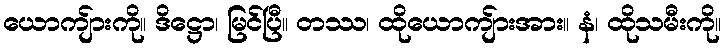
ယောကျ်ားကို။ ဒိဋ္ဌော၊ မြင်ပြီ။ တဿ၊ ထိုယောကျ်ားအား။ နံ၊ ထိုသမီးကို။